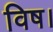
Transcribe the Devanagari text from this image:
विष।